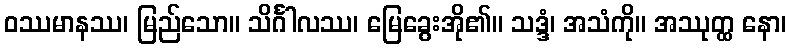
ဝဿမာနဿ၊ မြည်သော။ သိင်္ဂါလဿ၊ မြေခွေးအို၏။ သဒ္ဒံ၊ အသံကို။ အဿုတ္ထ နော၊